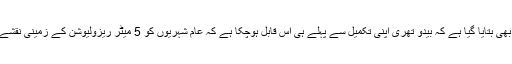
رپورٹ میں یہ بھی بتایا گیا ہے کہ بیدو تھری اپنی تکمیل سے پہلے ہی اس قابل ہوچکا ہے کہ عام شہریوں کو 5 میٹر ریزولیوشن کے زمینی نقشے فراہم کرسکے۔